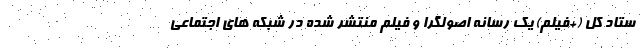
ستاد کل (+فیلم) یک رسانه اصولگرا و فیلم منتشر شده در شبکه های اجتماعی